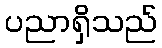
ပညာရှိသည်